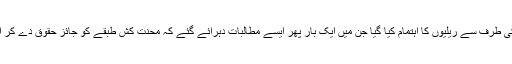
اس دن کی مناسبت سے تمام چھوٹے بڑے شہروں میں مزدور یونینوں کی طرف سے ریلیوں کا اہتمام کیا گیا جن میں ایک بار پھر ایسے مطالبات دہرائے گئے کہ محنت کش طبقے کو جائز حقوق دے کر ان کے معیار زندگی کو بہتر کرنے کے لیے ٹھوس اقدامات کیے جائیں۔